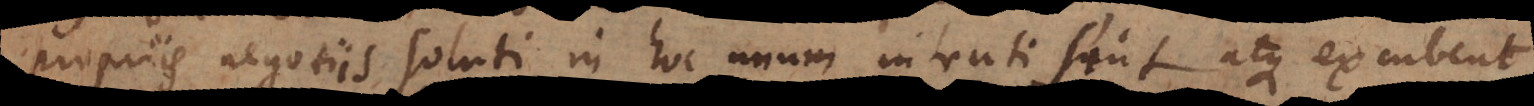
propriis negotiis soluti, in hoc unum intenti sunt